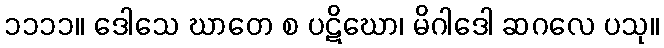
၁၁၁၁။ ဒေါသေ ဃာတေ စ ပဋိဃော၊ မိဂါဒေါ ဆဂလေ ပသု။